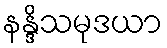
နန္ဒိသမုဒယာ